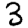
Digit: 3